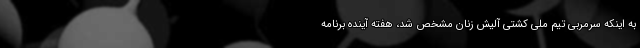
به اینکه سرمربی تیم ملی کشتی آلیش زنان مشخص شد، هفته آینده برنامه